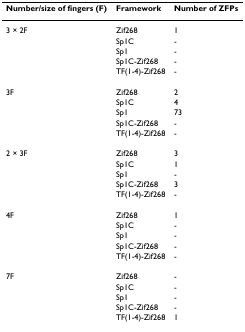
| Number/size of fingers (F) | Framework | Number of ZFPs |
 | --- | --- | --- |
 | 3 × 2F | Zif268 | 1 |
 |  | Sp1C | - |
 |  | Sp1 | - |
 |  | Sp1C-Zif268 | - |
 |  | TF(1-4)-Zif268 | - |
 | 3F | Zif268 | 2 |
 |  | Sp1C | 4 |
 |  | Sp1 | 73 |
 |  | Sp1C-Zif268 | - |
 |  | TF(1-4)-Zif268 | - |
 | 2 × 3F | Zif268 | 3 |
 |  | Sp1C | 1 |
 |  | Sp1 | - |
 |  | Sp1C-Zif268 | 3 |
 |  | TF(1-4)-Zif268 | - |
 | 4F | Zif268 | 1 |
 |  | Sp1C | - |
 |  | Sp1 | - |
 |  | Sp1C-Zif268 | - |
 |  | TF(1-4)-Zif268 | - |
 | 7F | Zif268 | - |
 |  | Sp1C | - |
 |  | Sp1 | - |
 |  | Sp1C-Zif268 | - |
 |  | TF(1-4)-Zif268 | 1 |